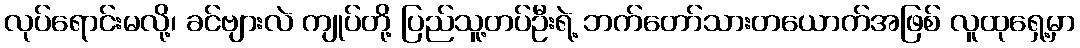
လုပ်ရောင်းမလို့၊ ခင်ဗျားလဲ ကျုပ်တို့ ပြည်သူ့တပ်ဦးရဲ့ ဘက်တော်သားတယောက်အဖြစ် လူထုရှေ့မှာ